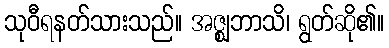
သုဝီရနတ်သားသည်။ အဇ္ဈဘာသိ၊ ရွတ်ဆို၏။